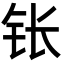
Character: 𬬮